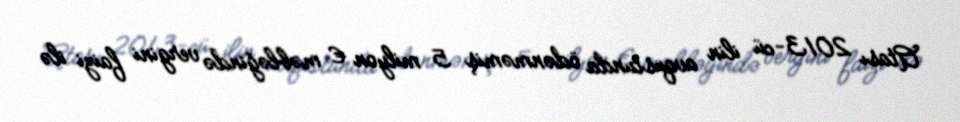
Atası 2013-cü ilin avqustunda ödənməmiş 5 milyon € məbləğində vergini faizi ilə